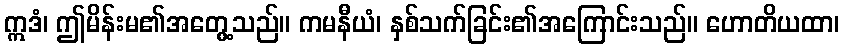
ဣဒံ၊ ဤမိန်းမ၏အတွေ့သည်။ ကမနီယံ၊ နှစ်သက်ခြင်း၏အကြောင်းသည်။ ဟောတိယထာ၊